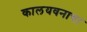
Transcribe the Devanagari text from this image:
कालयवनाचा